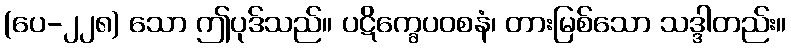
(ပေ-၂၂၈) သော ဤပုဒ်သည်။ ပဋိက္ခေပဝစနံ၊ တားမြစ်သော သဒ္ဒါတည်း။